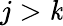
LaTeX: j>\mathit{k}